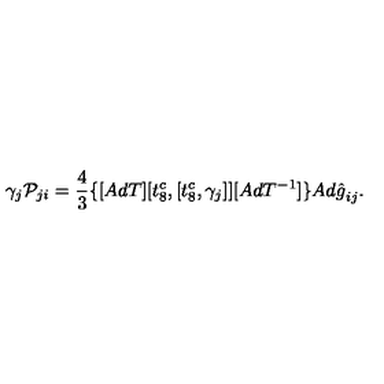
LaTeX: \gamma _ { j } { \cal P } _ { j i } = \frac { 4 } { 3 } \{ [ A d T ] [ t _ { 8 } ^ { c } , [ t _ { 8 } ^ { c } , { \gamma } _ { j } ] ] [ A d T ^ { - 1 } ] \} { A d { \hat { g } } } _ { i j } .